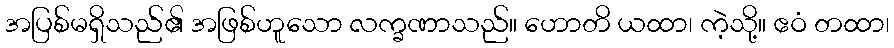
အပြစ်မရှိသည်၏ အဖြစ်ဟူသော လက္ခဏာသည်။ ဟောတိ ယထာ၊ ကဲ့သို့။ ဧဝံ တထာ၊